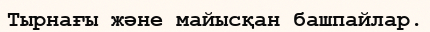
Тырнағы және майысқан башпайлар.